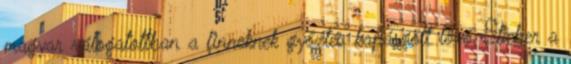
magyar válogatottban a finneknek győztes kapásgólt lövő Stieber a